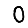
Digit: 0